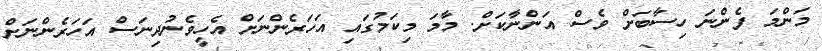
މަންމަ ފެންނަ ހިސާބަށް ވެސް އަންނާކަށް. މާމަ މިކަމުގައި އަހަރެންނަށް އެހީވެނުދިނަސް އަހަރެންނަށް